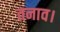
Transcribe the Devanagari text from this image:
तनाव।